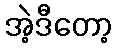
အဲ့ဒီတော့